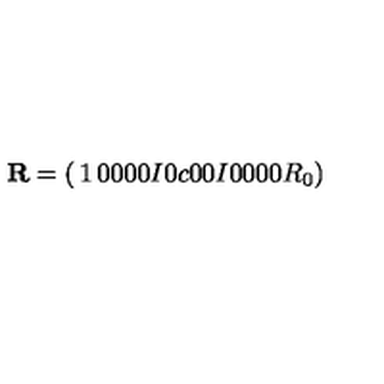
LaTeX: { \bf R } = \left( \begin{matrix} { 1 } & { 0 } & { 0 } & { 0 } \\ { 0 } & { I } & { 0 } & { c } \\ { 0 } & { 0 } & { I } & { 0 } \\ { 0 } & { 0 } & { 0 } & { R _ { 0 } } \\ \end{matrix} \right)